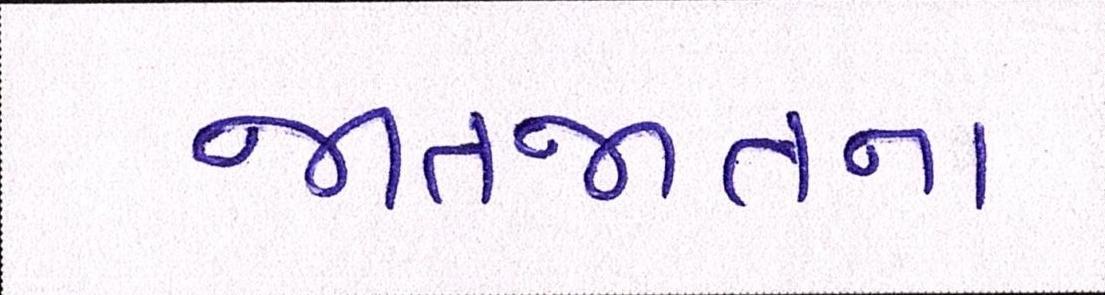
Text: જાતજાતના